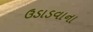
ઉડાડવાના